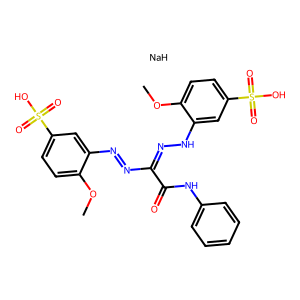
SMILES: COc1ccc(S(=O)(=O)O)cc1N=NC(=NNc1cc(S(=O)(=O)O)ccc1OC)C(=O)Nc1ccccc1.[NaH]
Inhibits HIV replication: No